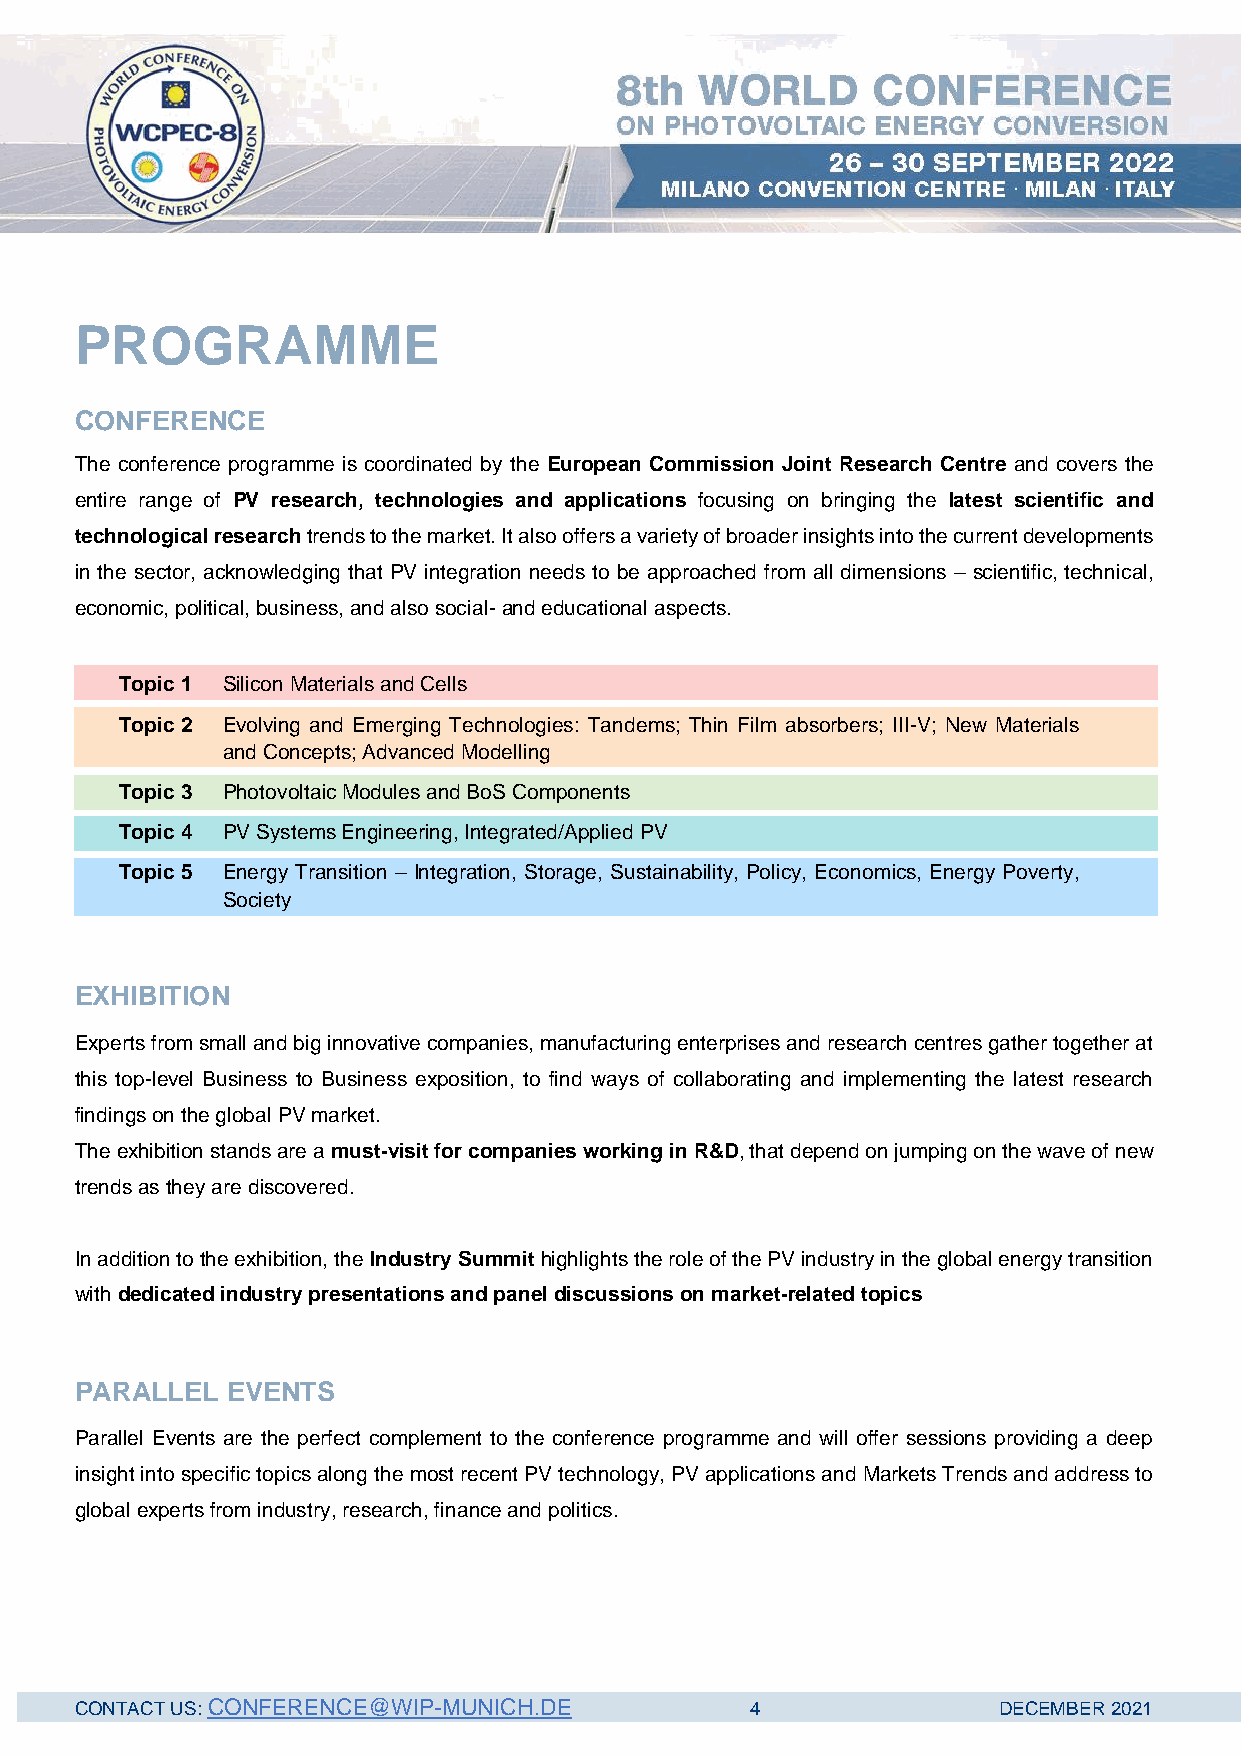
WCPEC-8
 PROGRAMME
 CONFERENCE
 The conference programme is coordinated by the European Commission Joint Research Centre and covers the
 entire range of PV research, technologies and applications focusing on bringing the latest scientific and
 technological research trends to the market. It also offers a variety of broader insights into the current developments
 in the sector, acknowledging that PV integration needs to be approached from all dimensions – scientific, technical,
 economic, political, business, and also social- and educational aspects.
 Topic 1 Silicon Materials and Cells
 Topic 2 Evolving and Emerging Technologies: Tandems; Thin Film absorbers; III-V; New Materials
 and Concepts; Advanced Modelling
 Topic 3 Photovoltaic Modules and BoS Components
 Topic 4 PV Systems Engineering, Integrated/Applied PV
 Topic 5 Energy Transition – Integration, Storage, Sustainability, Policy, Economics, Energy Poverty,
 Society
 EXHIBITION
 Experts from small and big innovative companies, manufacturing enterprises and research centres gather together at
 this top-level Business to Business exposition, to find ways of collaborating and implementing the latest research
 findings on the global PV market.
 The exhibition stands are a must-visit for companies working in R&D, that depend on jumping on the wave of new
 trends as they are discovered.
 In addition to the exhibition, the Industry Summit highlights the role of the PV industry in the global energy transition
 with dedicated industry presentations and panel discussions on market-related topics
 PARALLEL  EVENTS
 Parallel Events are the perfect complement to the conference programme and will offer sessions providing a deep
 insight into specific topics along the most recent PV technology, PV applications and Markets Trends and address to
 global experts from industry, research, finance and politics.
 CONTACT US: CONFERENCE@WIP-MUNICH.DE         4               DECEMBER 2021